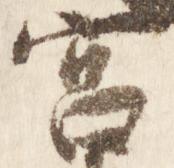
宮